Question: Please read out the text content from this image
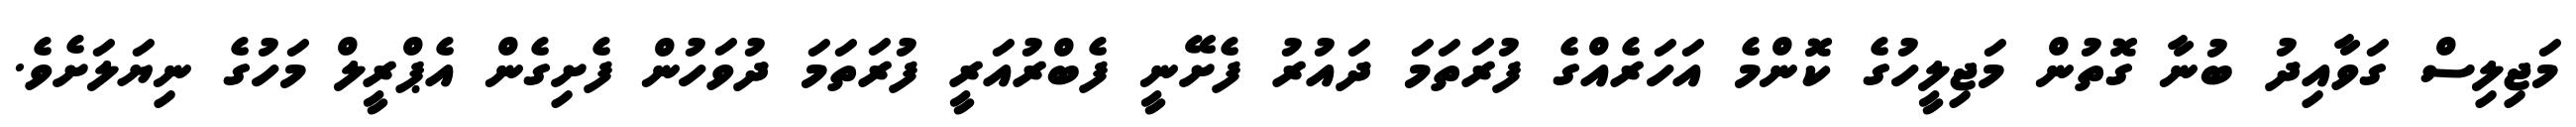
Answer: މަޖިލިސް ގަވާއިދު ބުނާ ގޮތުން މަޖިލީހުގެ ކޮންމެ އަހަރެއްގެ ފުރަތަމަ ދައުރު ފެށޭނީ ފެބްރުއަރީ ފުރަތަމަ ދުވަހުން ފެށިގެން އެޕްރީލް މަހުގެ ނިޔަލަށެވެ.